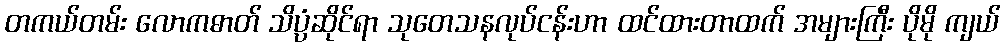
တကယ်တမ်း လောကဓာတ် သိပ္ပံဆိုင်ရာ သုတေသနလုပ်ငန်းဟာ ထင်ထားတာထက် အများကြီး ပိုမို ကျယ်